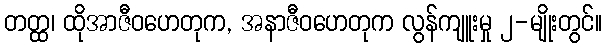
တတ္ထ၊ ထိုအာဇီဝဟေတုက, အနာဇီဝဟေတုက လွန်ကျူးမှု ၂-မျိုးတွင်။